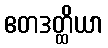
ဧတဒတ္ထိယာ